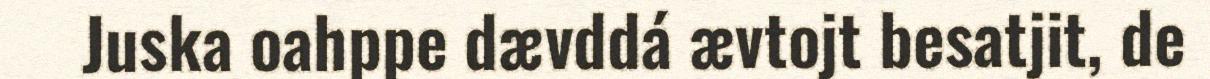
Juska oahppe dævddá ævtojt besatjit, de